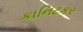
કાનિટકર